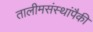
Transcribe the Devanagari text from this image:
तालीमसंस्थांपैकी